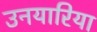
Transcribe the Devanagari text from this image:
उनयारिया